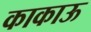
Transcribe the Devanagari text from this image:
काकाऊ